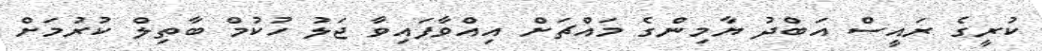
ކުރީގެ ރައީސް އަބްދު ޔާމިންގެ މައްޗަށް އިއްވާފައިވާ ޖަލު ހުކުމް ބާތިލް ކުރުމަށް